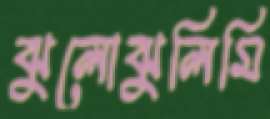
ঝুলোঝুলিমি